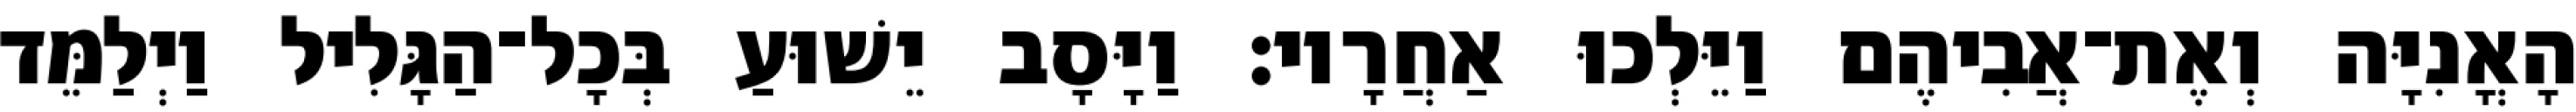
הָאֳנִיָּה וְאֶת־אֲבִיהֶם וַיֵּלְכוּ אַחֲרָיו׃ וַיָּסָב יֵשׁוּעַ בְּכָל־הַגָּלִיל וַיְלַמֵּד